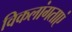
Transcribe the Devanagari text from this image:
विकलांगताएं